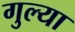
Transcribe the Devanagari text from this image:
गुल्या